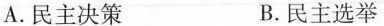
A.民主决策 B.民主选举